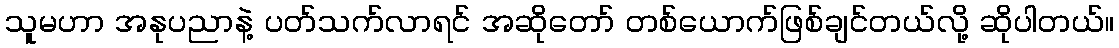
သူမဟာ အနုပညာနဲ့ ပတ်သက်လာရင် အဆိုတော် တစ်ယောက်ဖြစ်ချင်တယ်လို့ ဆိုပါတယ်။